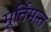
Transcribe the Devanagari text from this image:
मूर्तिमन्त